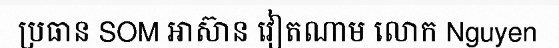
ប្រធាន SOM អាស៊ាន វៀតណាម លោក Nguyen